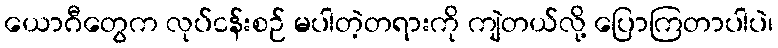
ယောဂီတွေက လုပ်ငန်းစဉ် မပါတဲ့တရားကို ကျဲတယ်လို့ ပြောကြတာပါပဲ၊